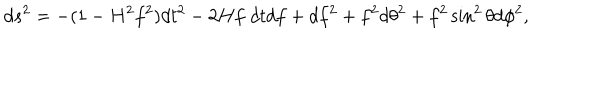
LaTeX: d s ^ { 2 } = - ( 1 - H ^ { 2 } f ^ { 2 } ) d t ^ { 2 } - 2 H f \; d t d f + d f ^ { 2 } + f ^ { 2 } d \theta ^ { 2 } + f ^ { 2 } \sin ^ { 2 } \theta d \phi ^ { 2 } ,